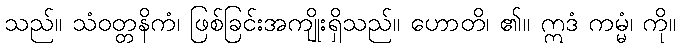
သည်။ သံဝတ္တနိကံ၊ ဖြစ်ခြင်းအကျိုးရှိသည်။ ဟောတိ၊ ၏။ ဣဒံ ကမ္မံ၊ ကို။